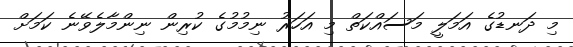
މި ދަނޑުގެ އަމަލީ މަސައްކަތް މި އަހަރު ނިމުމުގެ ކުރިން ނިންމާލެވޭނެ ކަމަށް